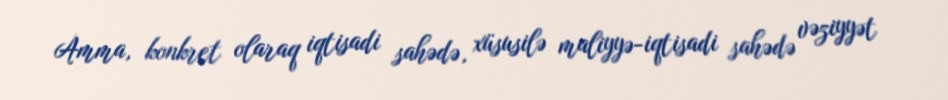
Amma, konkret olaraq iqtisadi sahədə, xüsusilə maliyyə-iqtisadi sahədə vəziyyət